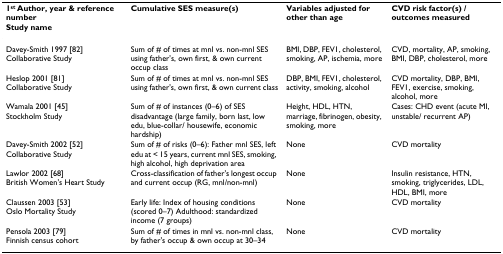
<table><thead><tr><td><b>1<sup>st </sup>Author, year &amp; reference number Study name</b></td><td><b>Cumulative SES measure(s)</b></td><td><b>Variables adjusted for other than age</b></td><td><b>CVD risk factor(s) / outcomes measured</b></td></tr></thead><tbody><tr><td>Davey-Smith 1997 [82]Collaborative Study</td><td>Sum of # of times at mnl vs. non-mnl SES using father&#x27;s, own first, &amp; own current occup class</td><td>BMI, DBP, FEV1, cholesterol, smoking, AP, ischemia, more</td><td>CVD, mortality, AP, smoking, BMI, DBP, cholesterol, more</td></tr><tr><td>Heslop 2001 [81]Collaborative Study</td><td>Sum of # of times at mnl vs. non-mnl SES using father&#x27;s, own first, &amp; own current class</td><td>DBP, BMI, FEV1, cholesterol, activity, smoking, alcohol</td><td>CVD mortality, DBP, BMI, FEV1, exercise, smoking, alcohol, more</td></tr><tr><td>Wamala 2001 [45]Stockholm Study</td><td>Sum of # of instances (0–6) of SES disadvantage (large family, born last, low edu, blue-collar/ housewife, economic hardship)</td><td>Height, HDL, HTN, marriage, fibrinogen, obesity, smoking, more</td><td>Cases: CHD event (acute MI, unstable/ recurrent AP)</td></tr><tr><td>Davey-Smith 2002 [52]Collaborative Study</td><td>Sum of # of risks (0–6): Father mnl SES, left edu at &lt; 15 years, current mnl SES, smoking, high alcohol, high deprivation area</td><td>None</td><td>CVD mortality</td></tr><tr><td>Lawlor 2002 [68]British Women&#x27;s Heart Study</td><td>Cross-classification of father&#x27;s longest occup and current occup (RG, mnl/non-mnl)</td><td>None</td><td>Insulin resistance, HTN, smoking, triglycerides, LDL, HDL, BMI, more</td></tr><tr><td>Claussen 2003 [53]Oslo Mortality Study</td><td>Early life: Index of housing conditions (scored 0–7) Adulthood: standardized income (7 groups)</td><td>None</td><td>CVD mortality</td></tr><tr><td>Pensola 2003 [79]Finnish census cohort</td><td>Sum of # of times in mnl vs. non-mnl class, by father&#x27;s occup &amp; own occup at 30–34</td><td>None</td><td>CVD mortality</td></tr></tbody></table>